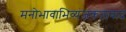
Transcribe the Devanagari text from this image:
मनोभावाभिव्यंजकतावाद